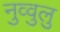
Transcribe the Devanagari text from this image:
नुव्वुलु